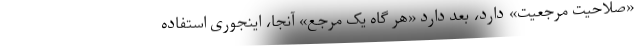
«صلاحیت مرجعیت» دارد، بعد دارد «هر گاه یک مرجع» آنجا، اینجوری استفاده